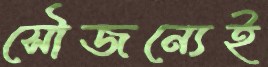
সৌজন্যেই